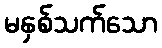
မနှစ်သက်သော